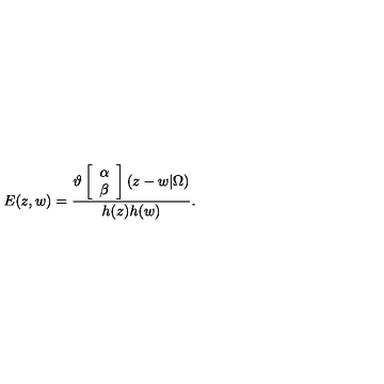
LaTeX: E ( z , w ) = \frac { \vartheta \left[ \begin{array} { c } { \alpha } \\ { \beta } \\ \end{array} \right] ( z - w | \Omega ) } { h ( z ) h ( w ) } .